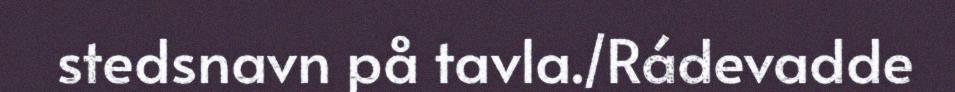
stedsnavn på tavla./Rádevadde